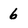
Character: 6